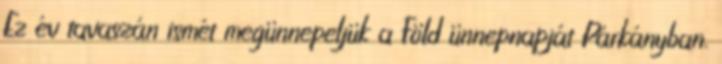
Ez év tavaszán ismét megünnepeljük a Föld ünnepnapját Párkányban.